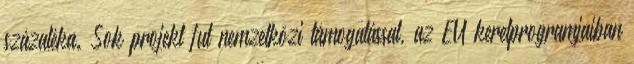
százaléka. Sok projekt fut nemzetközi támogatással, az EU keretprogramjaiban